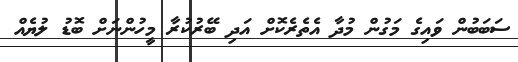
ސަބަބުން ވައިގެ މަގުން މުދާ އެތެރެކޮށް އަދި ބޭރުކުރާ މީހުންނަށް ބޮޑު ލުޔެއް